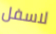
لاسفل